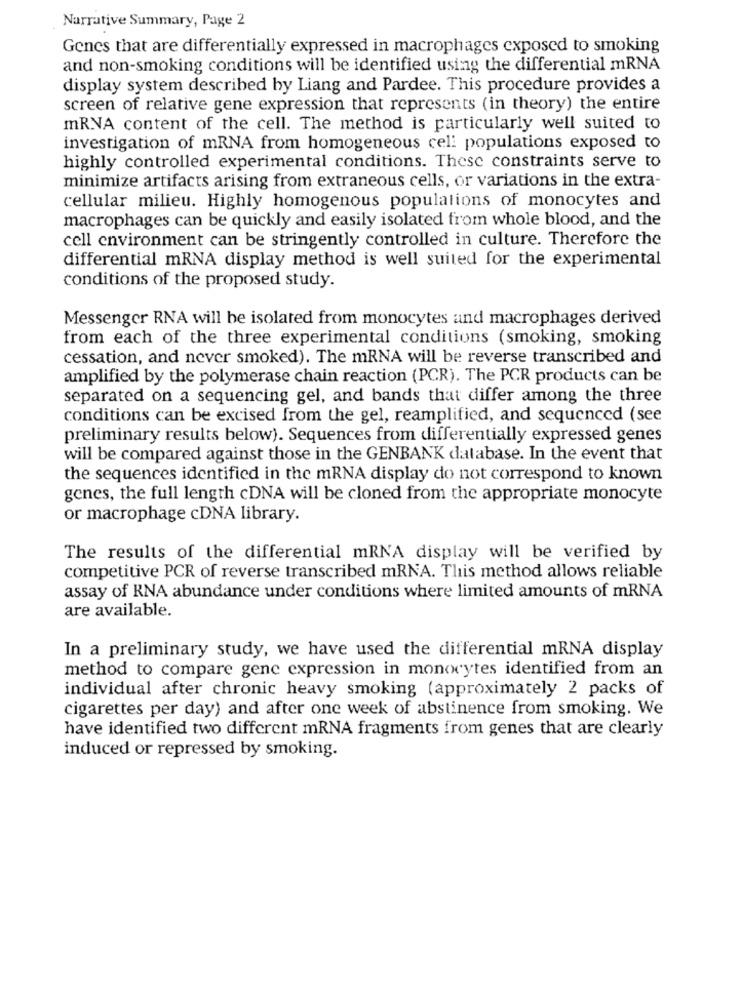
Narrative Summary, Page 2
Genes that are differentially expressed in macrophages exposed to smoking
and non-smoking conditions will be identified using the differential mRNA
display system described by Liang and Pardee. This procedure provides a
screen of relative gene expression that represents (in theory) the entire
mRNA content of the cell. The method is particularly well suited to
investigation of mRNA from homogeneous cell populations exposed to
highly controlled experimental conditions. These constraints serve to
minimize artifacts arising from extraneous cells, or variations in the extra-
cellular milieu. Highly homogenous populations of monocytes and
macrophages can be quickly and easily isolated from whole blood, and the
cell environment can be stringently controlled in culture. Therefore the
differential mRNA display method is well suited for the experimental
conditions of the proposed study.
Messenger RNA will be isolated from monocytes and macrophages derived
from each of the three experimental conditions (smoking, smoking
cessation, and never smoked). The mRNA will be reverse transcribed and
amplified by the polymerase chain reaction (PCR). The PCR products can be
separated on a sequencing gel, and bands that differ among the three
conditions can be excised from the gel, reamplified, and sequenced (see
preliminary results below). Sequences from differentially expressed genes
will be compared against those in the GENBANK database. In the event that
the sequences identified in the mRNA display do not correspond to known
genes, the full length cDNA will be cloned from the appropriate monocyte
or macrophage cDNA library.
The results of the differential mRNA display will be verified by
competitive PCR of reverse transcribed mRNA. This method allows reliable
assay of RNA abundance under conditions where limited amounts of mRNA
are available.
In a preliminary study, we have used the differential mRNA display
method to compare gene expression in monocytes identified from an
individual after chronic heavy smoking (approximately 2 packs of
cigarettes per day) and after one week of abstinence from smoking. We
have identified two different mRNA fragments from genes that are clearly
induced or repressed by smoking.